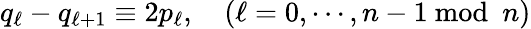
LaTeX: q_{\ell}-q_{\ell+1}\equiv 2p_{\ell},\quad(\ell=0,\cdots,n-1\mathrm{~mod}\, \, \, n)